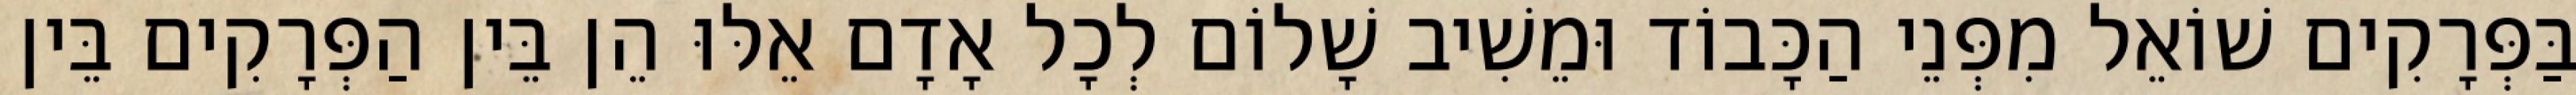
בַּפְּרָקִים שׁוֹאֵל מִפְּנֵי הַכָּבוֹד וּמֵשִׁיב שָׁלוֹם לְכָל אָדָם אֵלּוּ הֵן בֵּין הַפְּרָקִים בֵּין